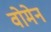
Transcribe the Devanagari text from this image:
वोमेन